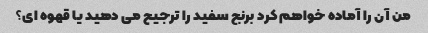
من آن را آماده خواهم کرد برنج سفید را ترجیح می دهید یا قهوه ای؟